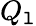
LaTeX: Q_{\mathtt{l}}